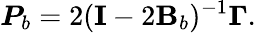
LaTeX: \boldsymbol{P}_{b}=2(\mathbf{I}-2\mathbf{B}_{b})^{-1}\boldsymbol{\Gamma}.